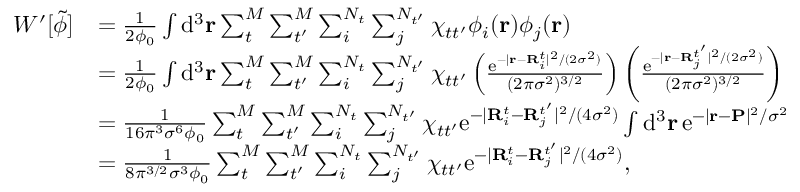
\begin{array} { r l } { W ^ { \prime } [ \tilde { \phi } ] } & { = \frac { 1 } { 2 \phi _ { 0 } } \int \mathrm { d } ^ { 3 } \mathbf { r } \sum _ { t } ^ { M } \sum _ { t ^ { \prime } } ^ { M } \sum _ { i } ^ { N _ { t } } \sum _ { j } ^ { N _ { t ^ { \prime } } } \chi _ { t t ^ { \prime } } \phi _ { i } ( \mathbf { r } ) \phi _ { j } ( \mathbf { r } ) } \\ & { = \frac { 1 } { 2 \phi _ { 0 } } \int \mathrm { d } ^ { 3 } \mathbf { r } \sum _ { t } ^ { M } \sum _ { t ^ { \prime } } ^ { M } \sum _ { i } ^ { N _ { t } } \sum _ { j } ^ { N _ { t ^ { \prime } } } \chi _ { t t ^ { \prime } } \left( \frac { \mathrm { e } ^ { - \vert \mathbf { r } - \mathbf { R } _ { i } ^ { t } \vert ^ { 2 } / ( 2 \sigma ^ { 2 } ) } } { ( 2 \pi \sigma ^ { 2 } ) ^ { 3 / 2 } } \right) \left( \frac { \mathrm { e } ^ { - \vert \mathbf { r } - \mathbf { R } _ { j } ^ { t ^ { \prime } } \vert ^ { 2 } / ( 2 \sigma ^ { 2 } ) } } { ( 2 \pi \sigma ^ { 2 } ) ^ { 3 / 2 } } \right) } \\ & { = \frac { 1 } { 1 6 \pi ^ { 3 } \sigma ^ { 6 } \phi _ { 0 } } \sum _ { t } ^ { M } \sum _ { t ^ { \prime } } ^ { M } \sum _ { i } ^ { N _ { t } } \sum _ { j } ^ { N _ { t ^ { \prime } } } \chi _ { t t ^ { \prime } } \mathrm { e } ^ { - \vert \mathbf { R } _ { i } ^ { t } - \mathbf { R } _ { j } ^ { t ^ { \prime } } \vert ^ { 2 } / ( 4 \sigma ^ { 2 } ) } \int \mathrm { d } ^ { 3 } \mathbf { r } \, \mathrm { e } ^ { - \vert \mathbf { r } - \mathbf { P } \vert ^ { 2 } / \sigma ^ { 2 } } } \\ & { = \frac { 1 } { 8 \pi ^ { 3 / 2 } \sigma ^ { 3 } \phi _ { 0 } } \sum _ { t } ^ { M } \sum _ { t ^ { \prime } } ^ { M } \sum _ { i } ^ { N _ { t } } \sum _ { j } ^ { N _ { t ^ { \prime } } } \chi _ { t t ^ { \prime } } \mathrm { e } ^ { - \vert \mathbf { R } _ { i } ^ { t } - \mathbf { R } _ { j } ^ { t ^ { \prime } } \vert ^ { 2 } / ( 4 \sigma ^ { 2 } ) } , } \end{array}